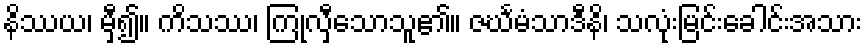
နိဿယ၊ မှီ၍။ ကိသဿ၊ ကြုံလှီသောသူ၏။ ဇင်္ဃမံသာဒီနိ၊ သလုံးမြင်းခေါင်းအသား